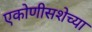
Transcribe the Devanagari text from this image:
एकोणीसशेच्या